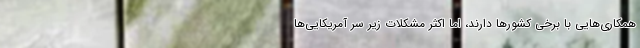
همکاری‌هایی با برخی کشورها دارند، اما اکثر مشکلات زیر سر ‌آمریکایی‌ها